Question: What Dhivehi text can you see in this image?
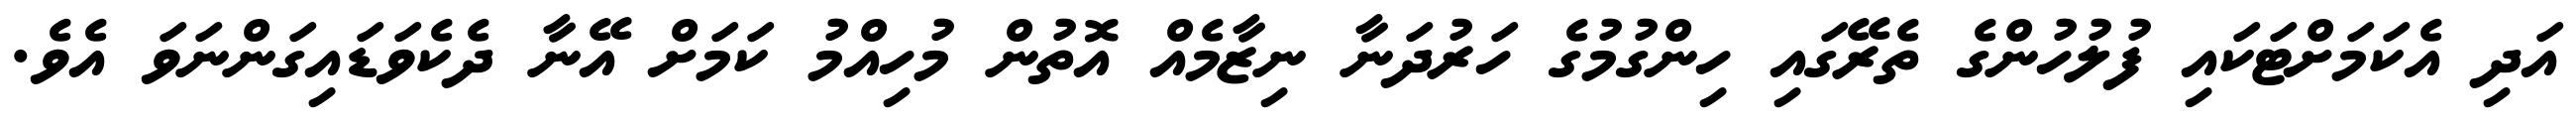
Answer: އަދި އެކަމަށްޓަކައި ފުލުހުންގެ ތެރޭގައި ހިންގުމުގެ ހަރުދަނާ ނިޒާމެއް އޮތުން މުހިއްމު ކަމަށް އޭނާ ދެކެވަޑައިގަންނަވަ އެވެ.